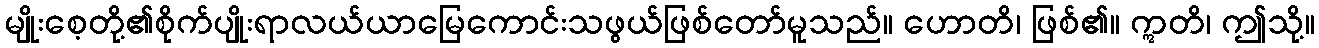
မျိုးစေ့တို့၏စိုက်ပျိုးရာလယ်ယာမြေကောင်းသဖွယ်ဖြစ်တော်မူသည်။ ဟောတိ၊ ဖြစ်၏။ ဣတိ၊ ဤသို့။